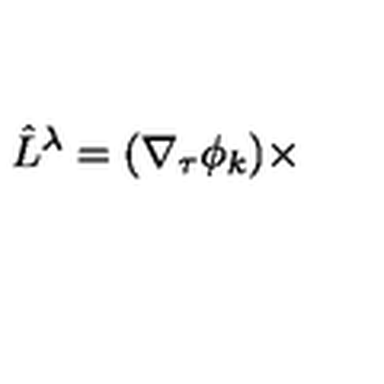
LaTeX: \hat { L } ^ { \lambda } = ( \nabla _ { \tau } \phi _ { k } ) \times